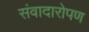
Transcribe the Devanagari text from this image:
संवादारोपण